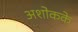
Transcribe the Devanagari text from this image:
अशोकके